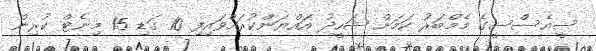
ސީއެސްސީގެ މެމްބަރު ކަމަށް ޝަހީދު އައްޔަންކުރައްވައިފި 10 ގަޑި 15 މިނެޓް ކުރިން